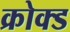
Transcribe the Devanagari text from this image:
क्रोक्ड